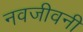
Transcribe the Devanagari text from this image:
नवजीवनी